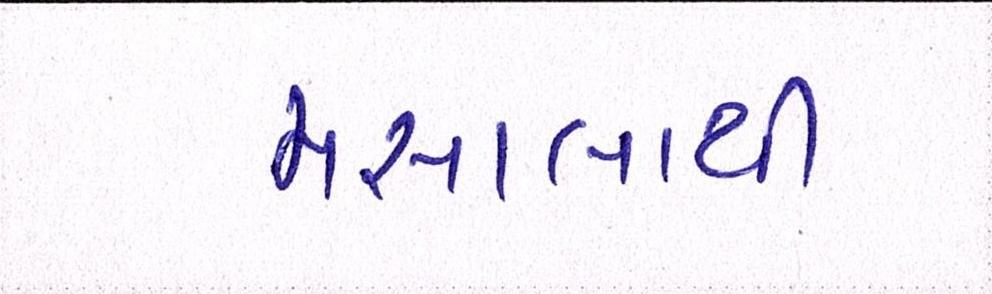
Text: મસાલાથી